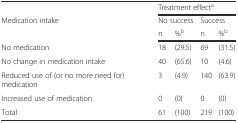
|  | <COLSPAN=4> Treatment effecta |
 | <ROWSPAN=2> Medication intake | <COLSPAN=2> No success | <COLSPAN=2> Success |
 | n | %b | n | %b |
 | --- | --- | --- | --- | --- |
 | No medication | 18 | (29.5) | 69 | (31.5) |
 | No change in medication intake | 40 | (65.6) | 10 | (4.6) |
 | Reduced use of (or no more need for) medication | 3 | (4.9) | 140 | (63.9) |
 | Increased use of medication | 0 | (0) | 0 | (0) |
 | Total | 61 | (100) | 219 | (100) |